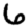
Digit: 6